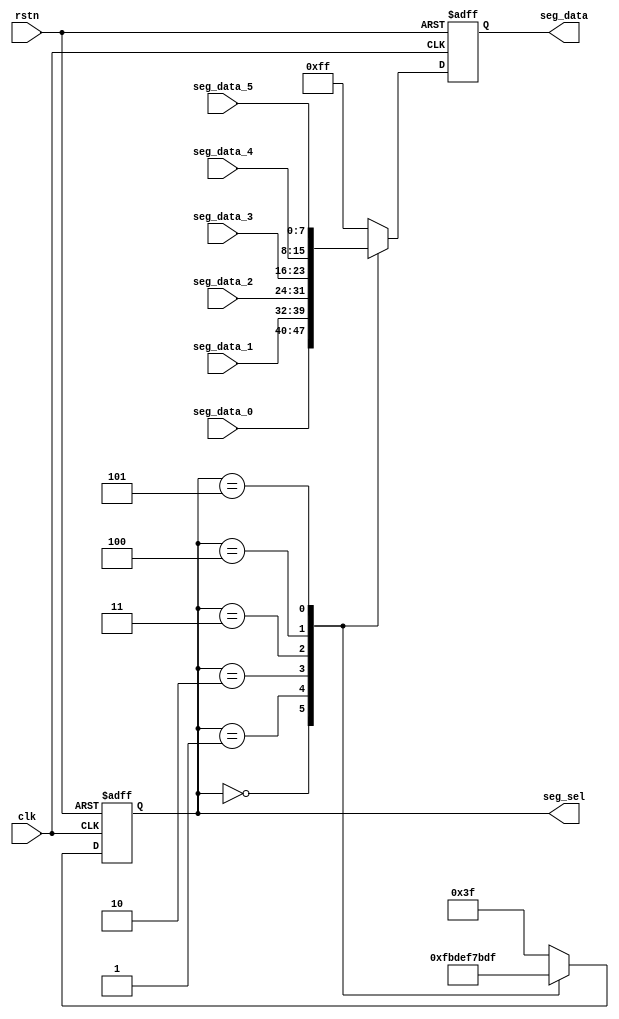
module scan (
    input clk,
    input rstn,
    input [7:0] seg_data_0,
    input [7:0] seg_data_1,
    input [7:0] seg_data_2,
	input [7:0] seg_data_3,
	input [7:0] seg_data_4,
	input [7:0] seg_data_5,
    output reg [5:0] seg_sel,
    output reg [7:0] seg_data 
);

parameter SCAN_FREQ = 200;     //scan frequency
parameter CLK_FREQ = 50000000; //clock frequency

parameter SCAN_COUNT = CLK_FREQ /(SCAN_FREQ * 6) - 1;

reg [31:0] scan_timer;
reg [3:0] scan_sel;

initial begin
    scan_timer <= 0;
    seg_sel <= 0;
end

always @(posedge clk or negedge rstn) begin
    if(!rstn)
        begin
            scan_timer <= 0;
        end
    else if(scan_timer >= SCAN_COUNT) begin
        scan_timer <= 0;
        if (scan_sel == 4'd5) begin
            scan_sel <= 0;
        end
        scan_sel <= scan_sel + 1;
    end
    else
        begin
            scan_timer <= scan_timer + 32'd1;
        end
end

always @(posedge clk or negedge rstn) begin
    if(!rstn) 
        begin
            seg_sel <= 6'b111111;
            seg_data <= 8'hff;
        end
    else
        begin
            case(seg_sel)
                4'd0:
                begin
                    seg_sel <= 6'b11_1110;
                    seg_data <= seg_data_0;
                end
                //second digital led
                4'd1:
                begin
                    seg_sel <= 6'b11_1101;
                    seg_data <= seg_data_1;
                end
                //...
                4'd2:
                begin
                    seg_sel <= 6'b11_1011;
                    seg_data <= seg_data_2;
                end
                4'd3:
                begin
                    seg_sel <= 6'b11_0111;
                    seg_data <= seg_data_3;
                end
                4'd4:
                begin
                    seg_sel <= 6'b10_1111;
                    seg_data <= seg_data_4;
                end
                4'd5:
                begin
                    seg_sel <= 6'b01_1111;
                    seg_data <= seg_data_5;
                end
                default:
                begin
                    seg_sel <= 6'b11_1111;
                    seg_data <= 8'hff;
                end
            endcase
        end
    end


endmodule //scan